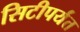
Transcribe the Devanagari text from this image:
सिटीपर्यंत